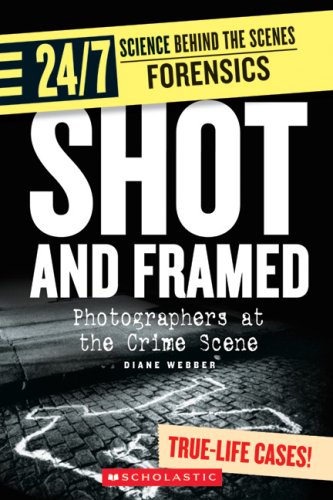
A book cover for Shot and Framed: Photographers at the Crime Scene (24/7: Science Behind the Scenes: Forensics); Diane Webber; Teen & Young Adult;